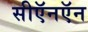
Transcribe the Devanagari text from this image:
सीऍनऍन